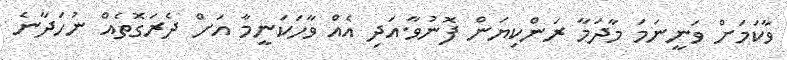
ވާކަމަށް ވަނީނަމަ މާދަމާ ރަންކިޔަން ފޮނުވާ.އަދި އެއް ވާހަކަނީމާ އަށް ދެރަގޮތެއް ނުހަދާނެ